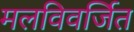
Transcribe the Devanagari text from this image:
मलविवर्जित